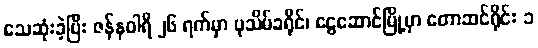
သေဆုံးခဲ့ပြီး ဇန်နဝါရီ ၂၆ ရက်မှာ ပုသိမ်ခရိုင်၊ ငွေဆောင်မြို့မှာ တောဆင်ရိုင်း ၁